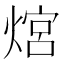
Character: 熍